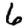
Digit: 6